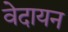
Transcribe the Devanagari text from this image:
वेदायन